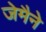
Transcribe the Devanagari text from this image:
जेमैने